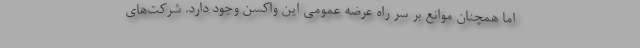
اما همچنان موانع بر سر راه عرضه عمومی این واکسن وجود دارد. شرکت‌های